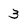
Character: 3